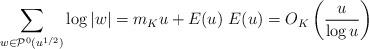
LaTeX: \begin{align*} &\sum_{w\in \mathcal {P}^{0}(u^{1/2})} \log |w| =m_K u+ E(u)\ E(u)=O_K \left( \frac{u}{\log u}\right)\end{align*}